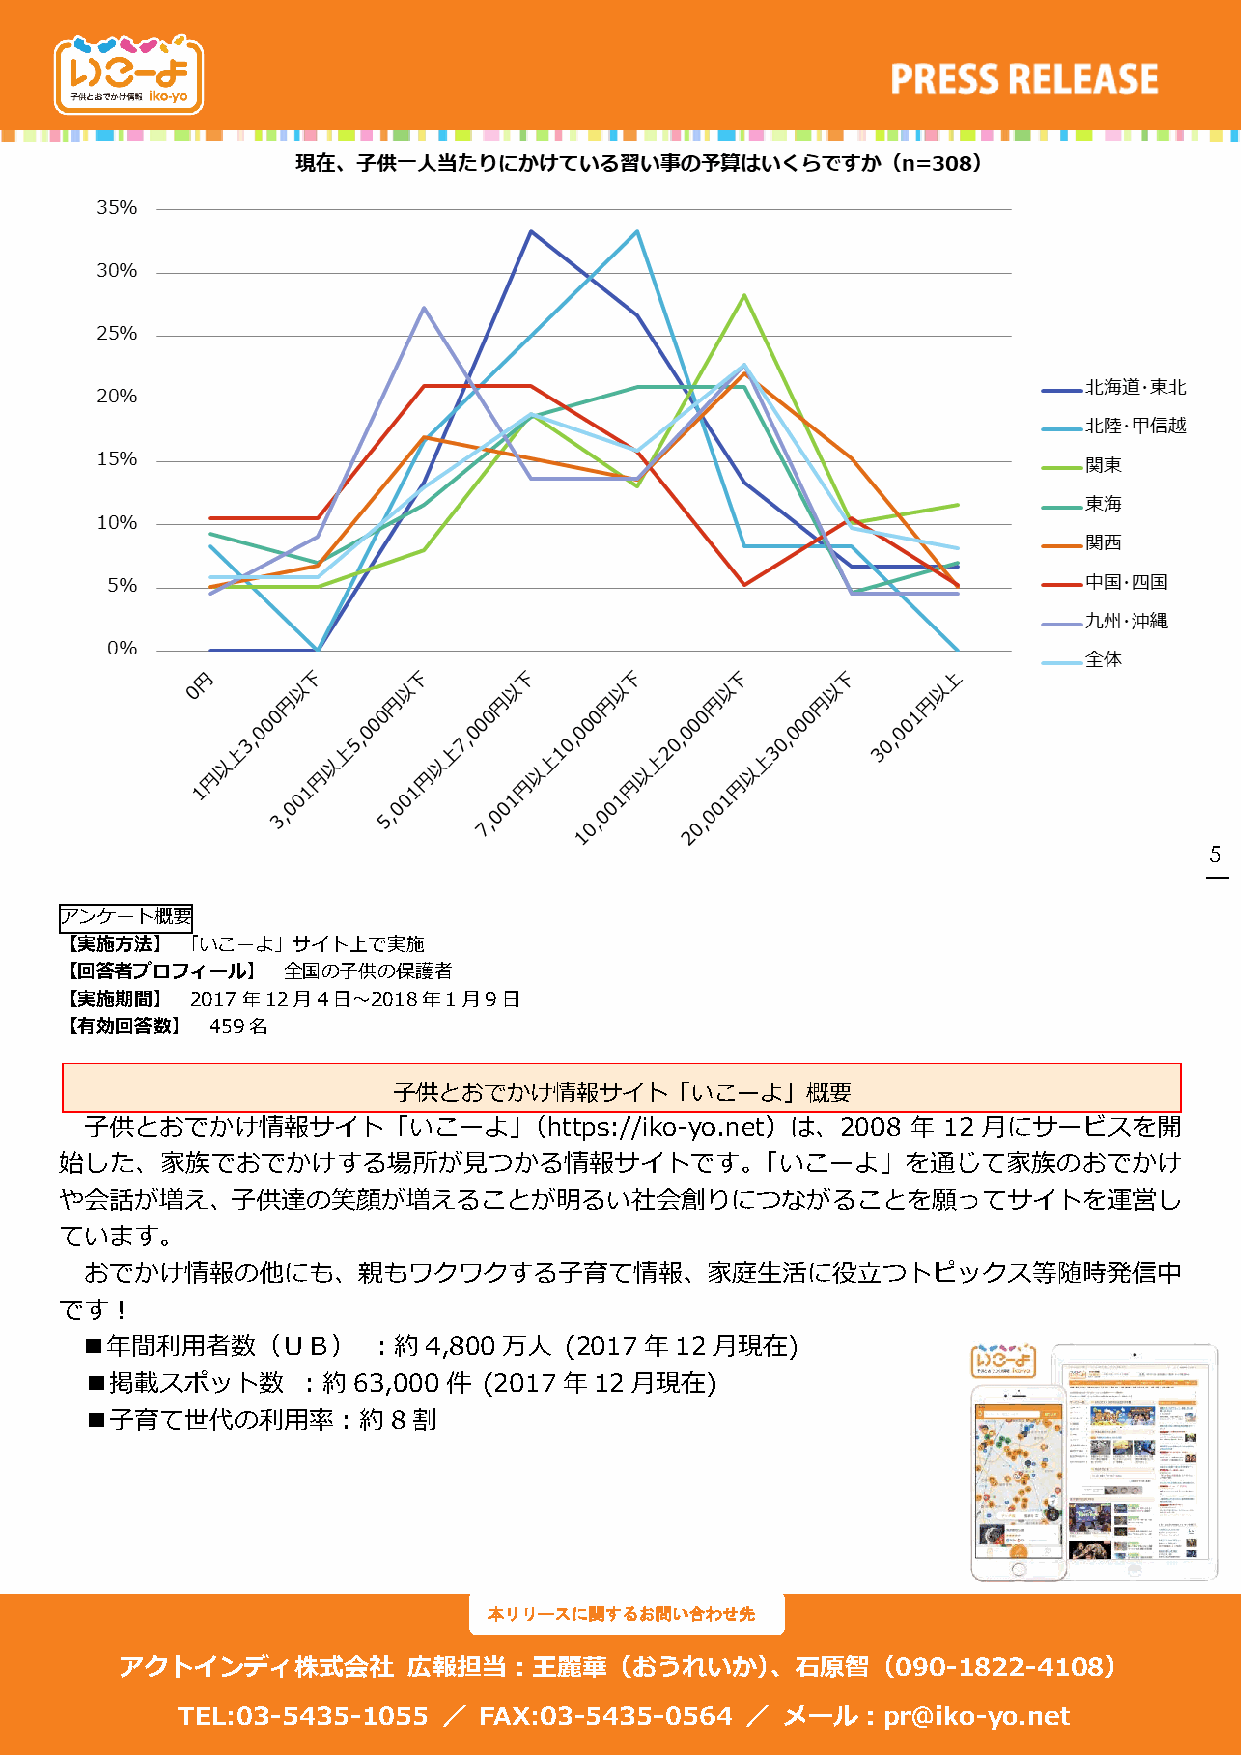
5
 アンケート概要
 【実施方法】  「いこーよ」サイト上で実施
 【回答者プロフィール】    全国の子供の保護者
 【実施期間】   2017年12月4日～2018年1月9日
 【有効回答数】   459名
 子供とおでかけ情報サイト「いこーよ」概要
 子供とおでかけ情報サイト「いこーよ」（https://iko-yo.net）は、2008          年 12 月にサービスを開
 始した、家族でおでかけする場所が見つかる情報サイトです。「いこーよ」を通じて家族のおでかけ
 や会話が増え、子供達の笑顔が増えることが明るい社会創りにつながることを願ってサイトを運営し
 ています。
 おでかけ情報の他にも、親もワクワクする子育て情報、家庭生活に役立つトピックス等随時発信中
 です！
 ■年間利用者数（ＵＢ）        ：約4,800万人    (2017 年12月現在)
 ■掲載スポット数      ：約63,000件   (2017 年12 月現在)
 ■子育て世代の利用率：約        8割
 本リリースに関するお問い合わせ先
 アクトインディ株式会社        広報担当：王麗華（おうれいか）、石原智（090-1822-4108）
 TEL:03-5435-1055 ／  FAX:03-5435-0564 ／  メール：pr@iko-yo.net